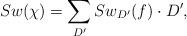
LaTeX: \begin{align*} Sw(\chi ) = \displaystyle \sum_{D'} Sw_{D'}(f) \cdot D', \end{align*}